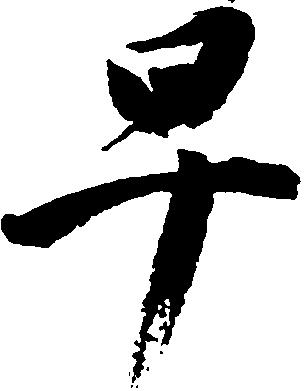
早